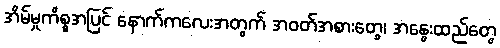
အိမ်မှုကိစ္စအပြင် နောက်ကလေးအတွက် အဝတ်အစားတွေ၊ အနွေးထည်တွေ